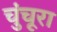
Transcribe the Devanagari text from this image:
चुंचूरा